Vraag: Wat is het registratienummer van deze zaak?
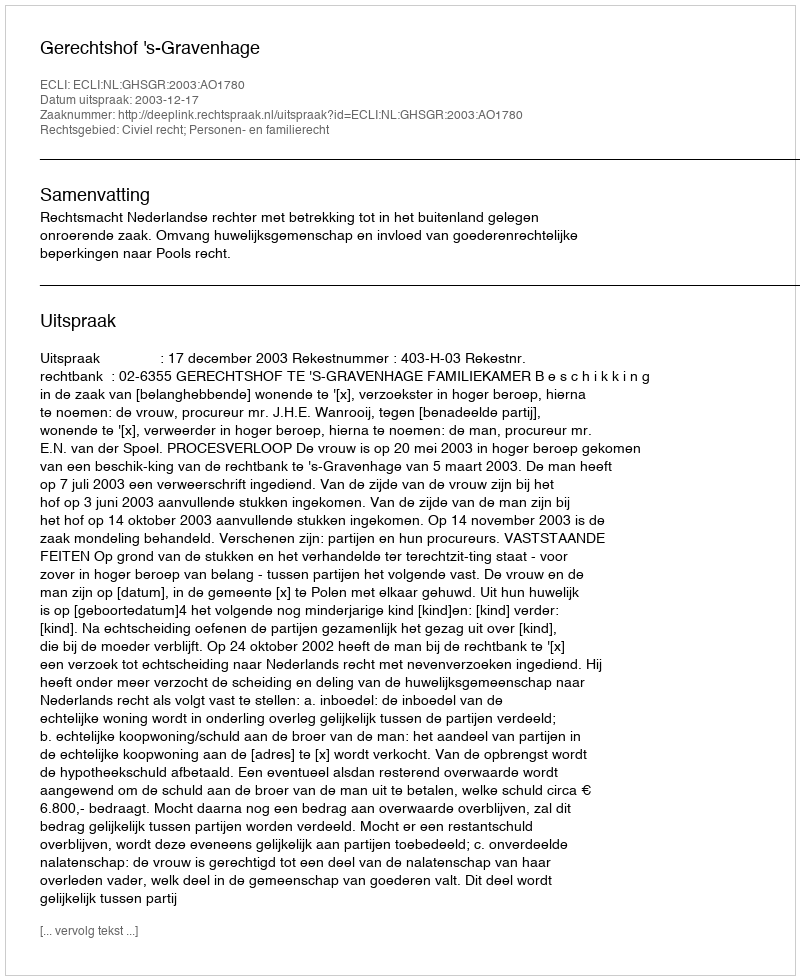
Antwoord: http://deeplink.rechtspraak.nl/uitspraak?id=ECLI:NL:GHSGR:2003:AO1780